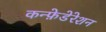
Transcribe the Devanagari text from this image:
कन्फ़ेडेरेशन